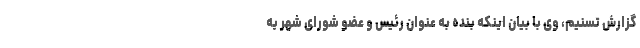
گزارش تسنیم، وی با بیان اینکه بنده به عنوان رئیس و عضو شورای شهر به